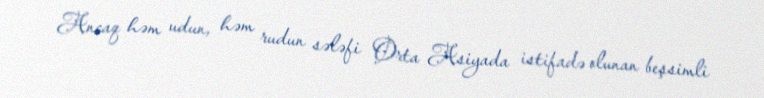
Ancaq həm udun, həm rudun sələfi Orta Asiyada istifadə olunan beşsimli